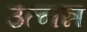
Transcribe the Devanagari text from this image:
उत्नन्न